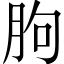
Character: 胊